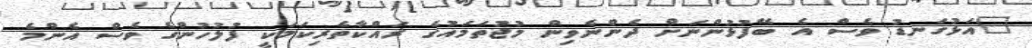
"އަޅުގަނޑު ވެސް އެ ބޭފުޅުންނަށް ދެންނެވިން މުޖުތަމައުގެ ރައްކާތެރިކަމަކީ ފުލުހުންގެ ވެސް އެންމެ